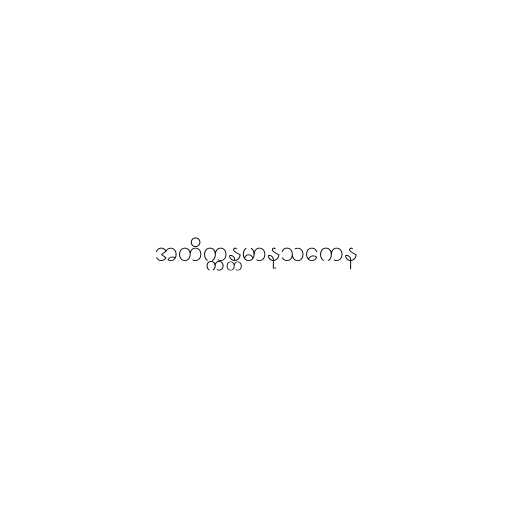
အတိက္ကန္တမာနုသကေန